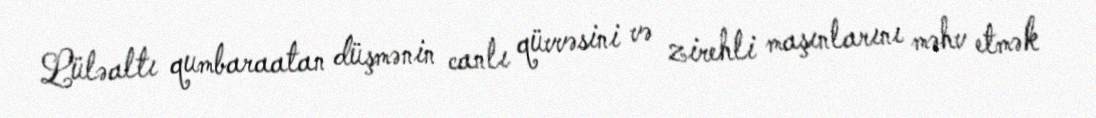
Lüləaltı qumbaraatan düşmənin canlı qüvvəsini və zirehli maşınlarını məhv etmək